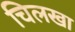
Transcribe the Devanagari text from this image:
चिलखा